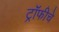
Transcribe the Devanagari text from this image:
ट्रॉफीचे